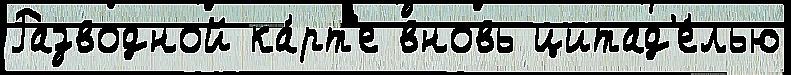
Разводной ка́рт'е вновь цитад'е́лью